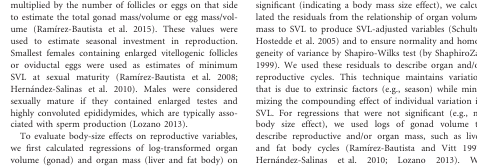
<table><thead><tr><td><b>Populations</b></td><td><b><i>N</i></b></td><td><b>SVL (mm)</b></td><td><b><i>P</i></b></td><td><b>Body mass (g)</b></td><td><b><i>P</i></b></td></tr></thead><tbody><tr><td colspan="6">Atlapexco</td></tr><tr><td>Males</td><td>55</td><td>62.6 ± 0.93 (45–63)</td><td>&lt;0.001</td><td>9.5 ± 0.44 (3–17)</td><td>&lt;0.001</td></tr><tr><td>Females</td><td>55</td><td>53.57 ± 0.52 (45–63)</td><td></td><td>5.88 ± 0.18 (3–8.5)</td><td></td></tr><tr><td colspan="6">San Pablo Tetlapayac</td></tr><tr><td>Males</td><td>42</td><td>60.2 ± 0.96 (42–68)</td><td>&lt;0.001</td><td>8.26 ± 0.35 (2.5–11.5)</td><td>&lt;0.001</td></tr><tr><td>Females</td><td>37</td><td>52.73 ± 0.51 (45–57)</td><td></td><td>5.34 ± 0.20 (3.2–8)</td><td></td></tr><tr><td colspan="6">Santa Catarina</td></tr><tr><td>Males</td><td>40</td><td>66.0 ± 0.69 (57–73)</td><td>&lt;0.001</td><td>11.29 ± 0.38 (6–15.5)</td><td>&lt;0.001</td></tr><tr><td>Females</td><td>48</td><td>54.50 ± 0.57 (47–62)</td><td></td><td>6.22 ± 0.20 (4.5–11)</td><td></td></tr><tr><td colspan="2">Males SVL and body mass among populations</td><td><i>F</i><sub>2,131</sub> = 8.21</td><td>&lt;0.001</td><td><i>F</i><sub>2,131</sub> = 10.96</td><td>&lt;0.001</td></tr><tr><td colspan="2">Females SVL and body mass among populations</td><td><i>F</i><sub>2,137</sub> = 2.45</td><td>0.089*</td><td><i>F</i><sub>2,137</sub> = 4.68</td><td>0.010</td></tr></tbody></table>